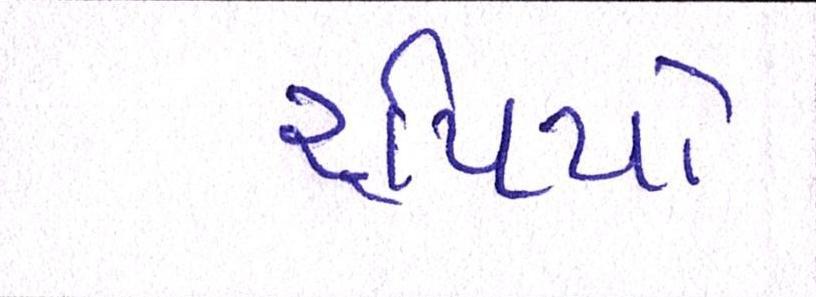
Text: રૃપિયો